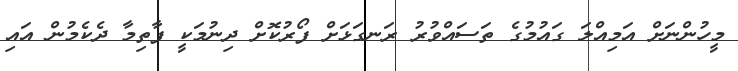
މީހުންނަށް އަމިއްލަ ގައުމުގެ ތަސައްވުރު ރަނގަޅަށް ފޯރުކޮށް ދިނުމަކީ ފާތިމާ ދެކެމުން އައި